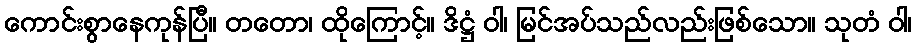
ကောင်းစွာနေကုန်ပြီ။ တတော၊ ထိုကြောင့်။ ဒိဋ္ဌံ ဝါ၊ မြင်အပ်သည်လည်းဖြစ်သော။ သုတံ ဝါ၊